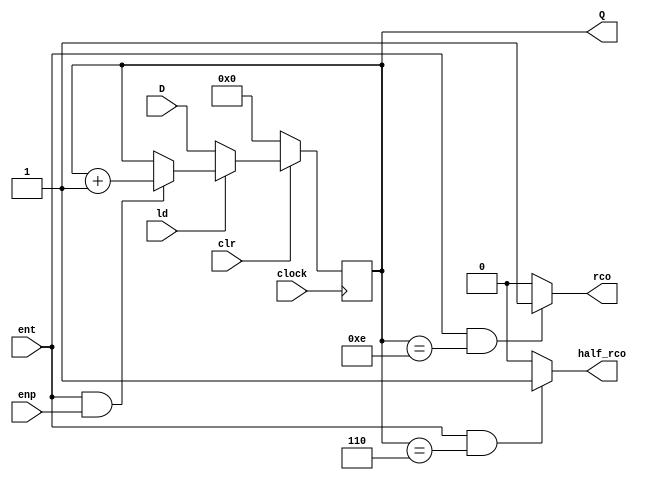
//------------------------------------------------------------------
// Arquivo   : contador_163.v
// Projeto   : Experiencia 3 - Um Fluxo de Dados Simples
//------------------------------------------------------------------
// Descricao : Contador binario de 4 bits, modulo 16
//             similar ao componente 74163
//
// baseado no componente Vrcntr4u.v do livro Digital Design Principles 
// and Practices, Fifth Edition, by John F. Wakerly              
//------------------------------------------------------------------
// Revisoes  :
//     Data        Versao  Autor             Descricao
//     14/12/2023  1.0     Edson Midorikawa  versao inicial
//     13/03/2024  2.0      Carlos Engler    Add Half_rco   
//------------------------------------------------------------------
//
module contador_163 ( clock, clr, ld, ent, enp, D, Q, rco, half_rco);
    input clock, clr, ld, ent, enp;
    input [5:0] D;
    output reg [5:0] Q;
    output reg rco;
    output reg half_rco;

    always @ (posedge clock)
        if (~clr)               Q <= 6'd0;
        else if (~ld)           Q <= D;
        else if (ent && enp)    Q <= Q + 1;
        else                    Q <= Q;
 
    always @ (Q or ent)
        if (ent && (Q == 6'd14))   rco = 1;
        else                       rco = 0;

    always @ (Q or ent)
        if (ent && (Q == 6'd6))   half_rco = 1;
        else                      half_rco = 0;
endmodule